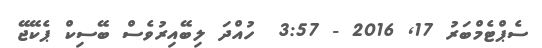
ސެޕްޓެމްބަރު 17